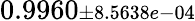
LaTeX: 0.9960{\scriptstyle\pm 8.5638e-04}